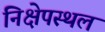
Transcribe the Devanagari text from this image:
निक्षेपस्थल